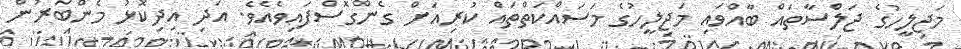
މަޖިލީހުގެ ޖަލްސާތައް ބާއްވައި މަޖިލީހުގެ މަސައްކަތްތައް ކުރިއަށް ގެންގޮސްފައިވެއެވެ. އަދި އިދިކޮޅު މެންބަރުން